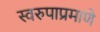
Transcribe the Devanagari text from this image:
स्वरुपाप्रमाणे